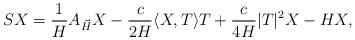
\begin{align*}SX=\frac{1}{H}A_{\vec H}X-\dfrac{c}{2H}\langle X,T\rangle T+\dfrac{c}{4H}|T|^2X-HX,\end{align*}